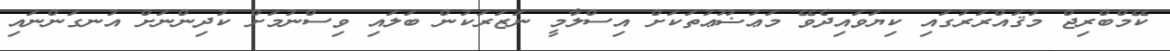
ކޭމްބްރިޖް މުޤައްރަރުގައި ކިޔަވައިދެވޭ މަޢުޟޫޢުތަކަށް އިސްލާމީ ނަޒަރަކުން ބަލައި ވިސްނުމަށް ކުދިންނަށް އުނގަންނައި